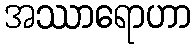
အဿာရောဟာ